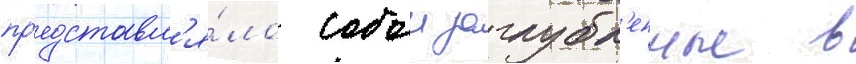
пр'едставл'я́ло собои заглубл'енные в